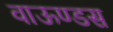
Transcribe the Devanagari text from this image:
वाऊण्डस